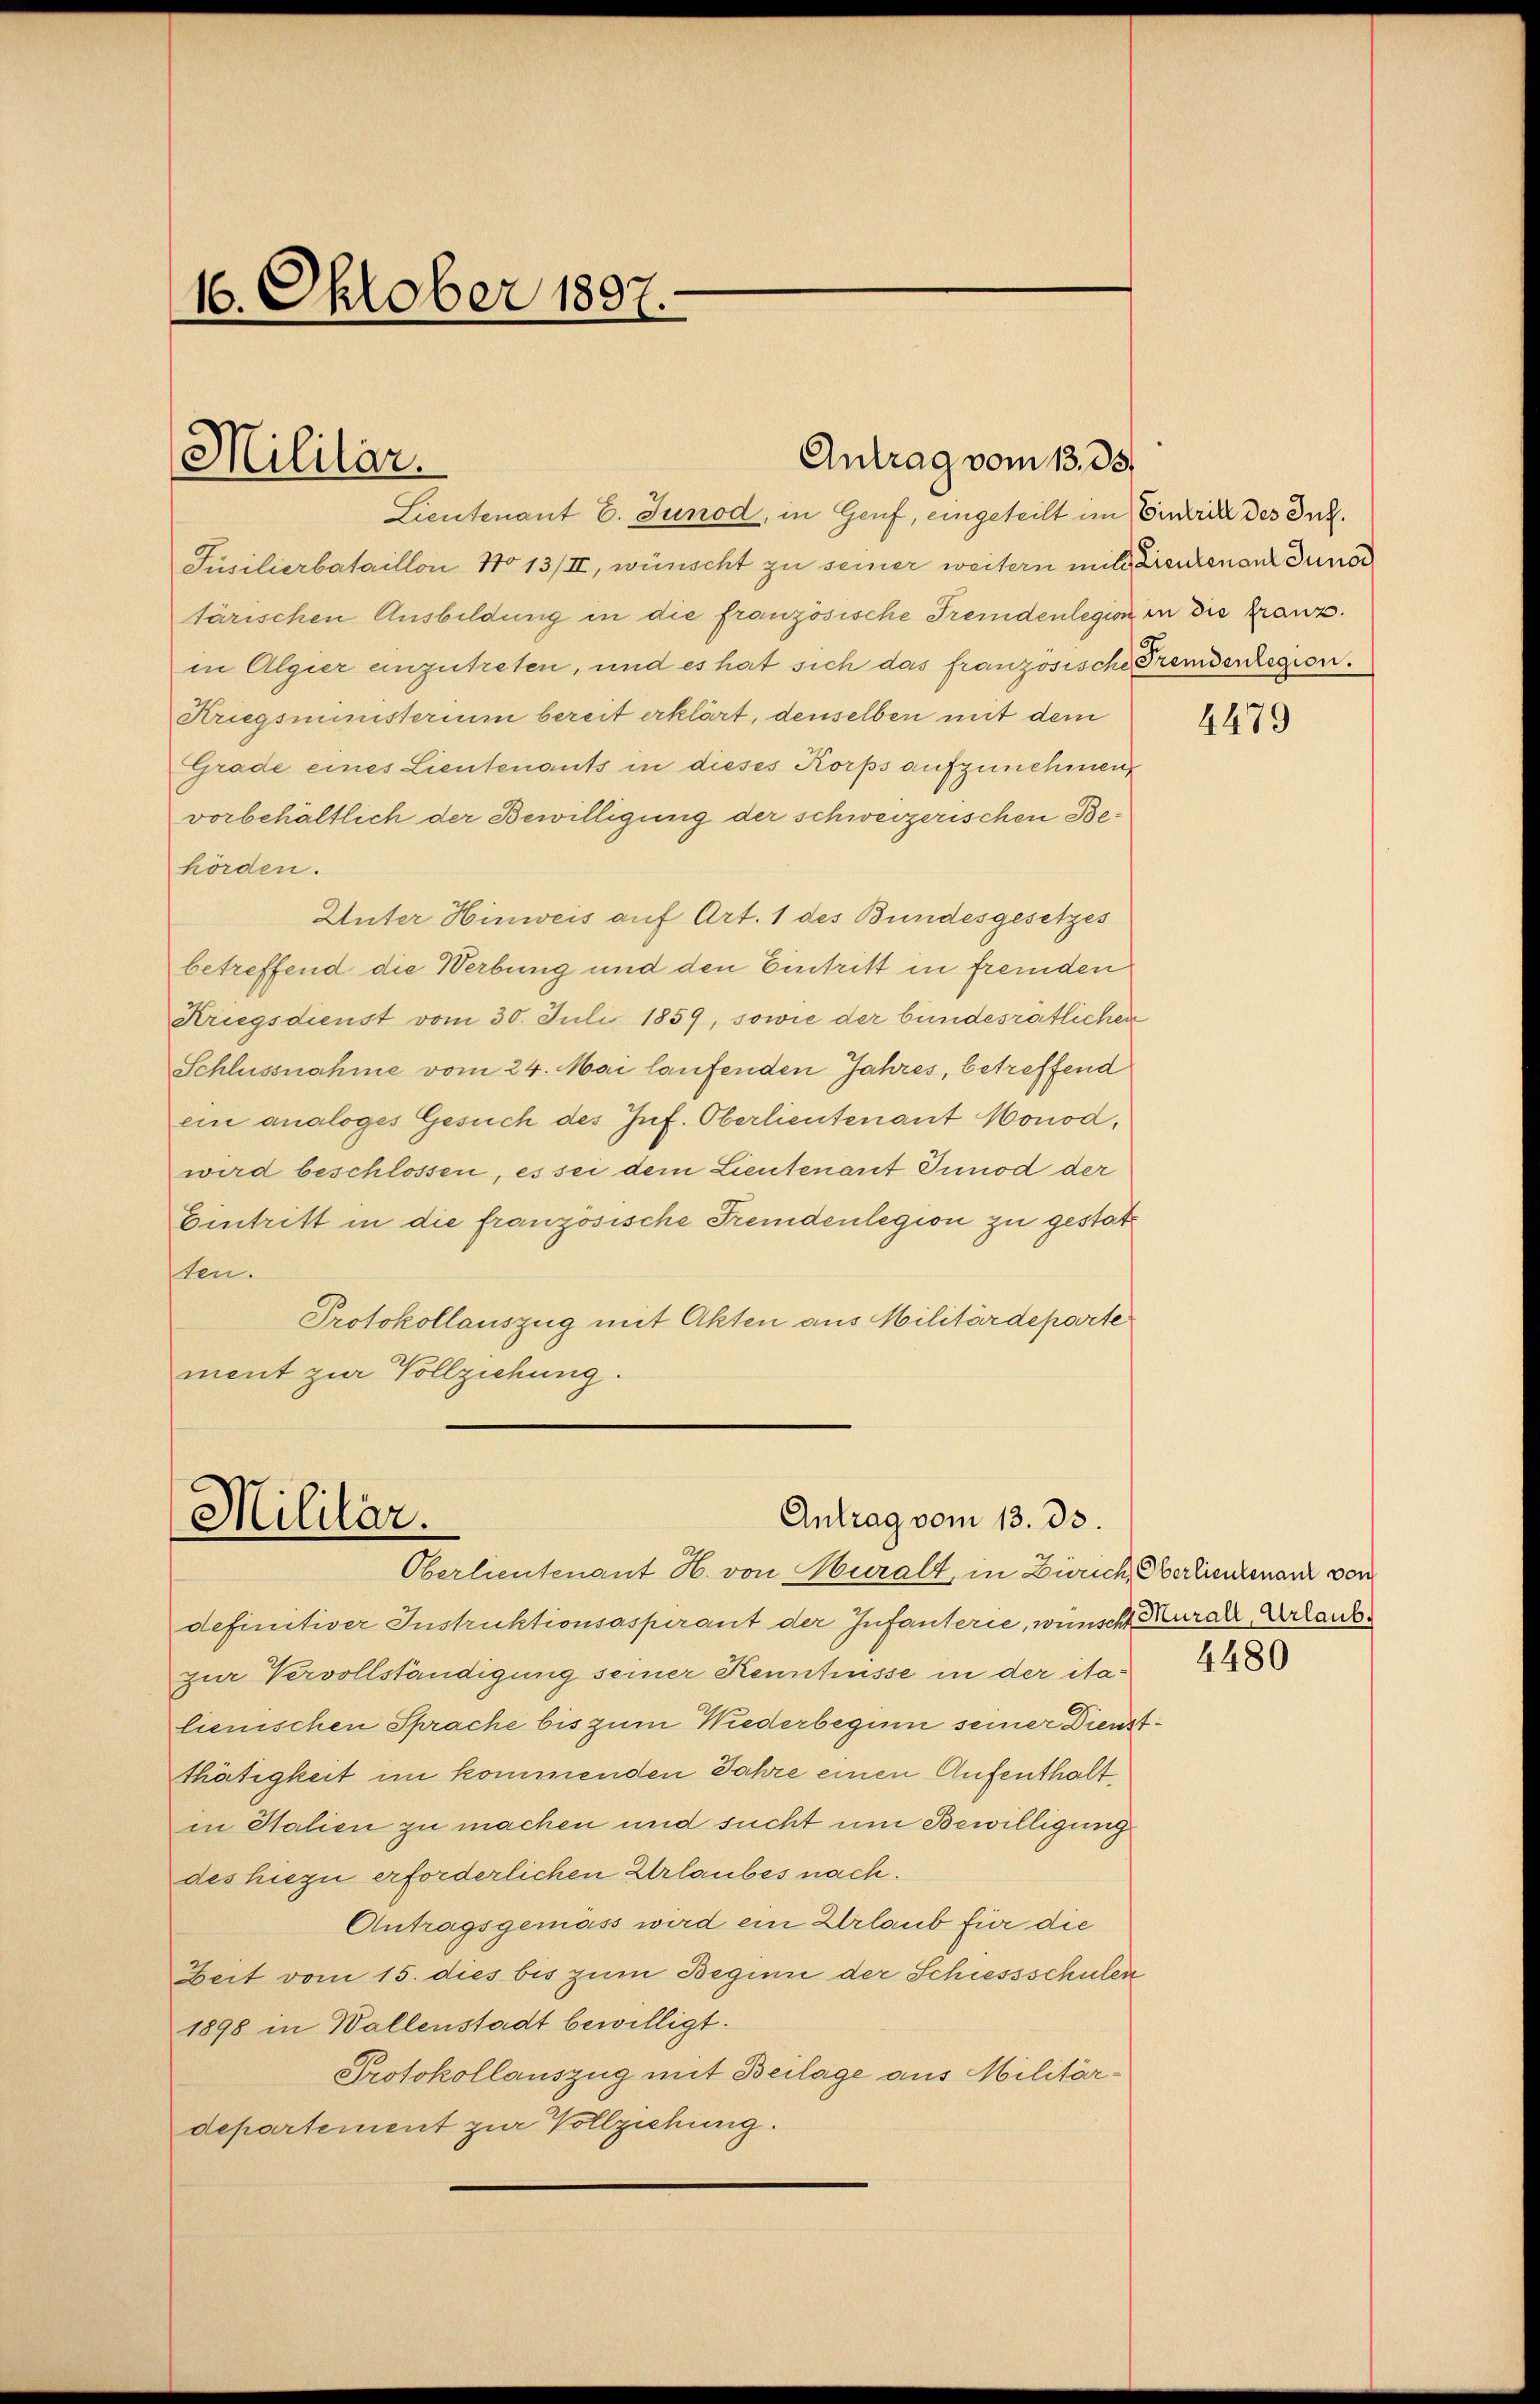
16. Oktober 1897.

Militär.

Lieutenant E. Junod, in Genf, eingeteilt im Einrik des Ink.
Jüsilierbataillon No 13/II, wünscht zu seiner weitern mit denenen duno
tärischen Ausbildung in die französische Fremdenlegion in die Franz
in Algier anzutreten, und es hat sich das französische Fremdenlegion.
Kriegsministerium bereit erklärt, denselben mit dem
Grade eines Lieutenants in dieses Korps aufzunehmen
vorbehältlich der Bewilligung der schweizerischen Behörden.
Unter Hinweis auf Art. 1 des Bundesgesetzes
betreffend die Werbung und den Eintritt in fremden
Kriegsdienst vom 30. Juli 1859, sowie der bundesrätlichen
Schlussnahme vom 24. Mai laufenden Jahres, betreffend
ein analoges Gesuch des Inf. Oberlieutenant Monod,
wird beschlossen, es sei dem Lieutenant Tunod der
Eintritt in die französische Fremdenlegion zu gestatten.
Protokollauszug mit Akten aus Militärdeparte
ment zur Vollziehung.

Antrag vom 13. 35.

Antrag vom 13. ds.
Militär.
Oberlieutenant H. von Muralt, in Zürich, Oberlieutenant von

definitiver Instruktionsaspirant der Infanterie, wünscht Mural Arlaubzur Vervollständigung seiner Kenntnisse in der Nalienischen Sprache bis zum Wiederbeginn seiner Dienstthätigkeit im kommenden Jahre einen Aufenthalt
in Stalien zu machen und sucht um Bewilligung
des hiezu erforderlichen Urlaubes nach.
Antragsgemäss wird ein Urlaub für die
Zeit vom 15. dies bis zum Beginn der Schiessschulen
1898 in Ballenstadt bewilligt.
Protokollauszug mit Beilage aus Militärdepartement zur Vollziehung.

4479

4480